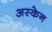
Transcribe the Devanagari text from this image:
अस्केन